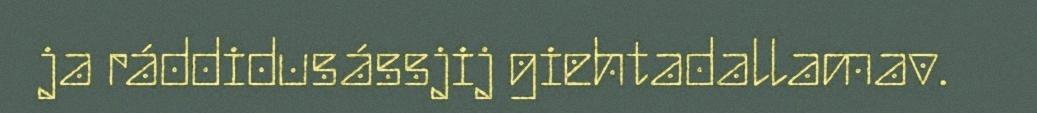
ja ráddidusássjij giehtadallamav.